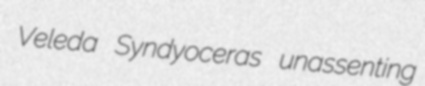
Veleda Syndyoceras unassenting